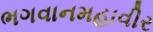
ભગવાનમહાવીર